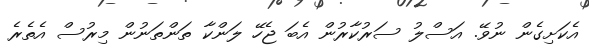
އެކަށިގެން ނުވޭ. އަސްލު ސަރުކާރުން އެބަ ޖެހޭ ލަންކާ ތަންތަނުން މިރުސް އެތެރެ